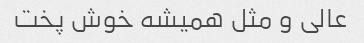
عالی و مثل همیشه خوش پخت